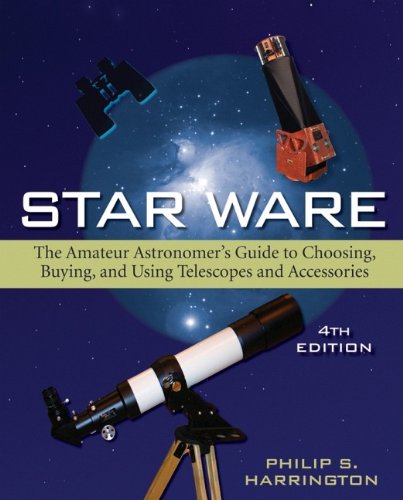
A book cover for Star Ware: The Amateur Astronomer's Guide to Choosing, Buying, and Using Telescopes and Accessories; Philip  S. Harrington; Science & Math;